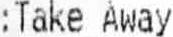
:TAKE AWAY